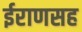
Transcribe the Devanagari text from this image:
ईराणसह